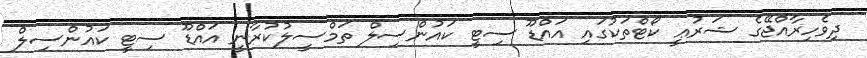
ދިވެހިރާއްޖޭގެ ޝަރުޢީ ކޯޓްތަކުގައި އައްޑޫ ސިޓީ ކައުންސިލް ތަމްސީލުކުރާނީ އައްޑޫ ސިޓީ ކައުންސިލް